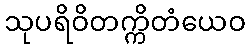
သုပရိဝိတက္ကိတံယေဝ